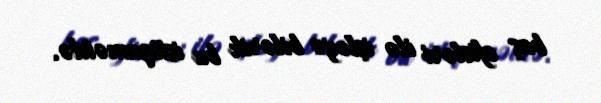
baş ofisləri ilə işləyə bilərik bu istiqamətdə.